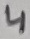
Text: 4